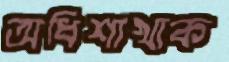
অধিশাখাক